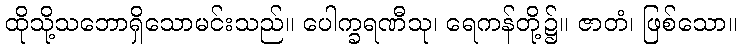
ထိုသို့သဘောရှိသောမင်းသည်။ ပေါက္ခရဏီသု၊ ရေကန်တို့၌။ ဇာတံ၊ ဖြစ်သော။